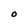
Character: 0